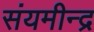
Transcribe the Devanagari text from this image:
संयमीन्द्र